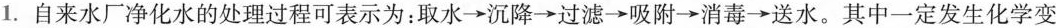
1.自来水厂净化水的处理过程可表示为：取水\rightarrow沉降\rightarrow过滤\rightarrow吸附\rightarrow消毒\rightarrow送水。其中一定发生化学变